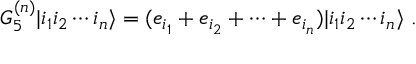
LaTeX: G _ { 5 } ^ { ( n ) } | i _ { 1 } i _ { 2 } \cdots i _ { n } \rangle = ( e _ { i _ { 1 } } + e _ { i _ { 2 } } + \cdots + e _ { i _ { n } } ) | i _ { 1 } i _ { 2 } \cdots i _ { n } \rangle \ .